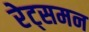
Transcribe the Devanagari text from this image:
रेट्समन